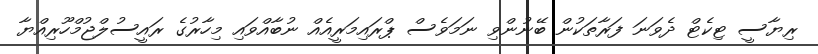
ރިޔާސީ ޓިކެޓް ދެވަނަ ފަރާތަކުން ބޭނުންވި ނަމަވެސް ޕްރައިމަރީއެއް ނުބާއްވައި މިހާރުގެ ރައީސުލްޖުމްހޫރިއްޔާ